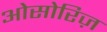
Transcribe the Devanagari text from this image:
ओसोरिज़